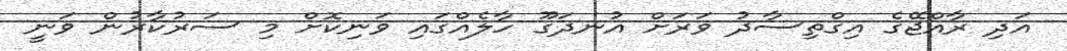
އަދި ރާއްޖޭގެ އިގްތިސާދު ވަރަށް އުނދަގޫ ހާލެއްގައި ވަނިކޮށް މި ސަރުކާރުން ވަނީ